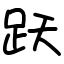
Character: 跃